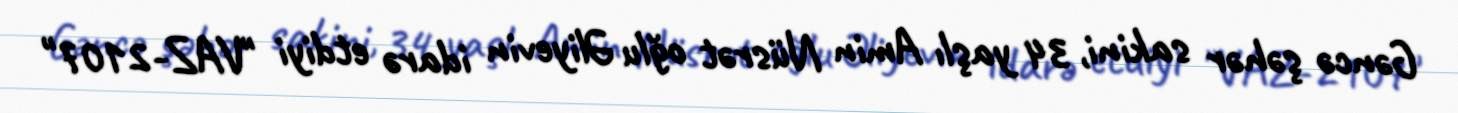
Gəncə şəhər sakini, 34 yaşlı Amin Nüsrət oğlu Əliyevin idarə etdiyi "VAZ-2107"